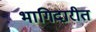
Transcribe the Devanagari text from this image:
भागिदारीत